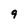
Character: 9